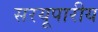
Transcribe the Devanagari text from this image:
सरयूपारीय